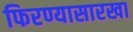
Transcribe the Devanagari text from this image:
फिरण्यासारखा